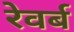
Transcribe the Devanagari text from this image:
रेवर्ब